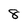
Character: 8